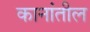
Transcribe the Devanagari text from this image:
कानांतील